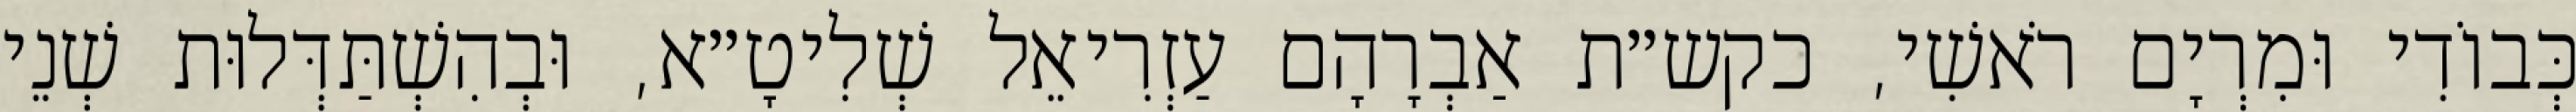
כְּבוֹדִי וּמִרְיָם רֹאשִׁי, כקש״ת אַבְרָהָם עַזְרִיאֵל שְׁלִיטָ״א, וּבְהִשְׁתַּדְּלוּת שְׁנֵי